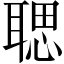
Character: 𦖻